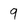
Character: 9